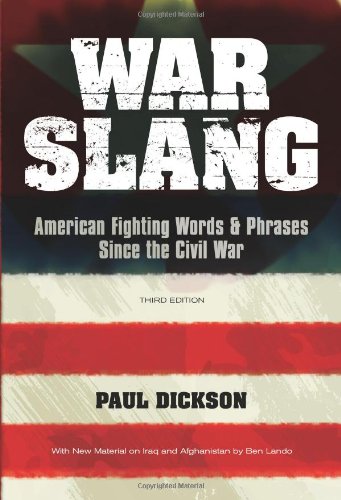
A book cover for War Slang: American Fighting Words & Phrases Since the Civil War, Third Edition; Paul Dickson; Reference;